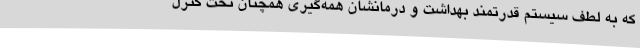
که به لطف سیستم قدرتمند بهداشت و درمانشان همه‌گیری همچنان تحت کترل